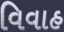
વિવાહ